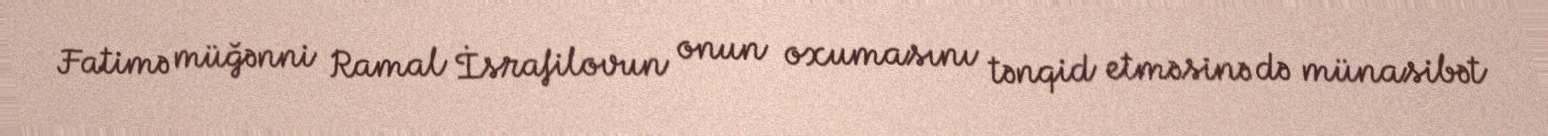
Fatimə müğənni Ramal İsrafilovun onun oxumasını tənqid etməsinə də münasibət